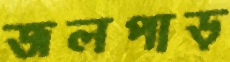
জলপাড়